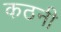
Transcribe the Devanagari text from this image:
कठनी